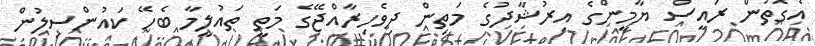
އެގޮތުން ރައީސް ޔާމީންގެ އިރުޝާދުގެ މަތިން ދިވެހިރާއްޖޭގެ މަތީ ތައުލީމާ ބެހޭ ކައުންސިލުން